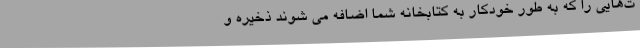
ت‌هایی را که به طور خودکار به کتابخانه شما اضافه می شوند ذخیره و